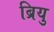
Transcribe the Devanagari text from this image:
ब्रियु